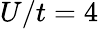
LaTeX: U/t=4